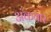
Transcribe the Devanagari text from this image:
अंकवार